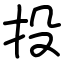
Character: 投